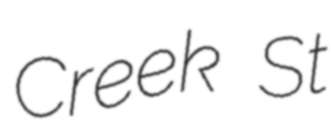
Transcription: Creek St